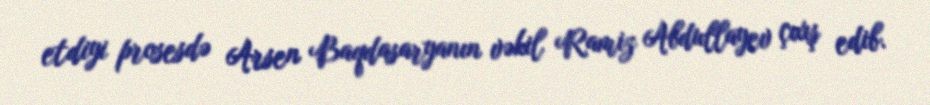
etdiyi prosesdə Arsen Baqdasaryanın vəkil Ramiz Abdullayev çıxış edib.